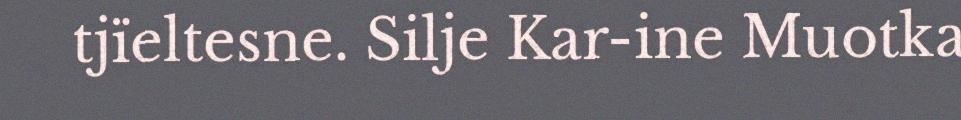
tjïeltesne. Silje Kar-ine Muotka